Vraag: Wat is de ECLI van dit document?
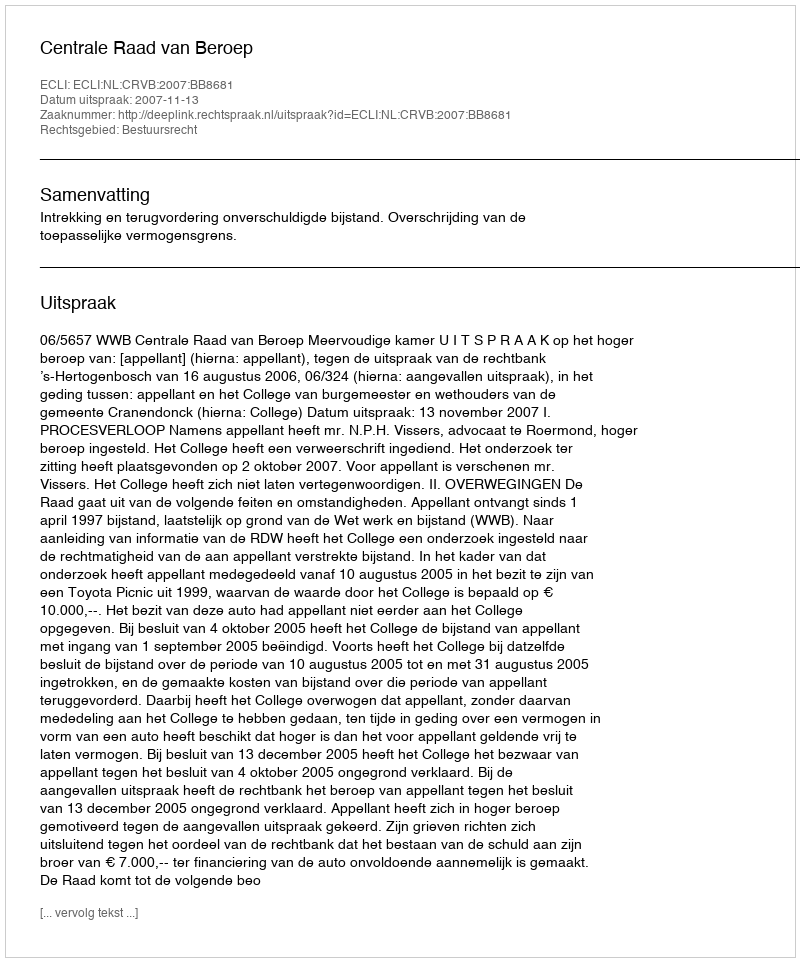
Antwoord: ECLI:NL:CRVB:2007:BB8681